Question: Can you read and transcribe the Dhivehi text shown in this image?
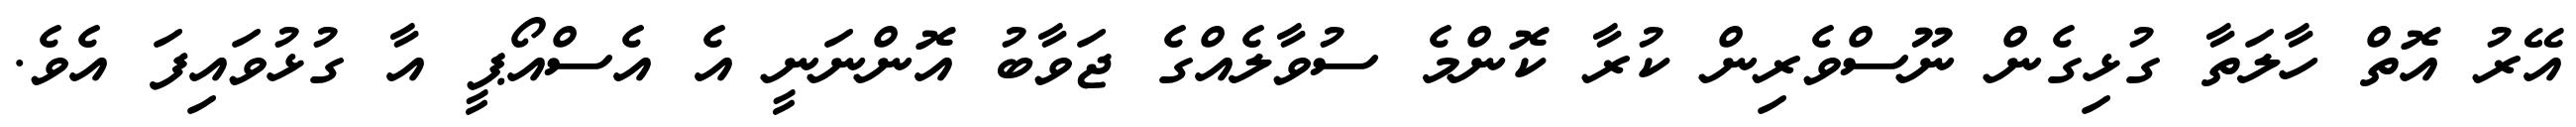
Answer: އޭރު އޮތް ހާލަތާ ގުޅިގެން ނޫސްވެރިން ކުރާ ކޮންމެ ސުވާލެއްގެ ޖަވާބު އޮންނަނީ އެ އެސްއޯޕީ އާ ގުޅުވައިފަ އެވެ.